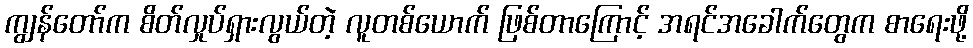
ကျွန်တော်က စိတ်လှုပ်ရှားလွယ်တဲ့ လူတစ်ယောက် ဖြစ်တာကြောင့် အရင်အခေါက်တွေက စာရေးဖို့